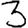
Digit: 3